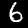
Label: 6